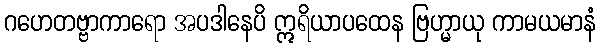
ဂဟေတဗ္ဗာကာရော အပဒါနေပိ ဣရိယာပထေန ဗြဟ္မာယု ကာမယမာနံ